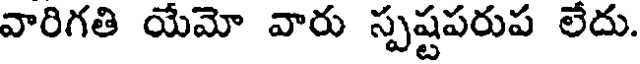
వారిగతి యేమో వారు స్పష్టపరుప లేదు.